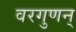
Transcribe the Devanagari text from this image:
वरगुणन्